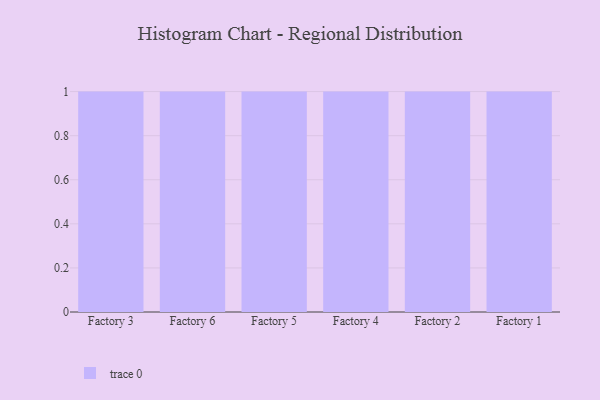
{"axis": {"x": "Factory", "y": "Humidity (%)"}, "legend": [""], "data": [{"x": "Factory 3", "y": 92, "type": ""}, {"x": "Factory 6", "y": 5, "type": ""}, {"x": "Factory 5", "y": 57, "type": ""}, {"x": "Factory 4", "y": 89, "type": ""}, {"x": "Factory 2", "y": 56, "type": ""}, {"x": "Factory 1", "y": 65, "type": ""}]}